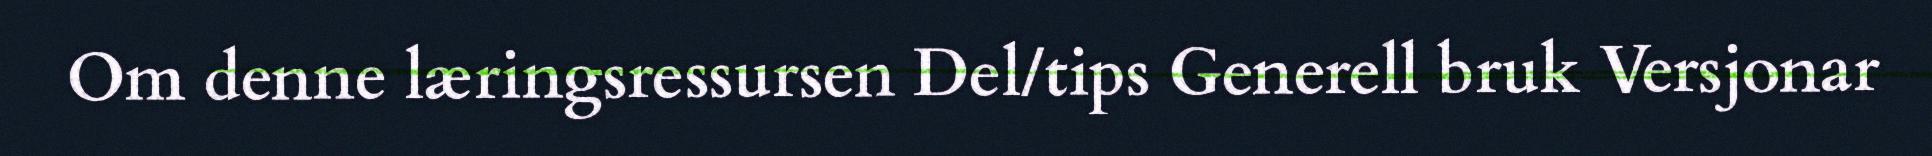
Om denne læringsressursen Del/tips Generell bruk Versjonar